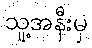
သူ့အနီးမှ